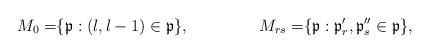
LaTeX: \begin{align*}M_0= &\{\mathfrak{p}:(l,l-1)\in \mathfrak{p}\},& M_{rs}=&\{\mathfrak{p}:\mathfrak{p}'_r ,\mathfrak{p}''_s \in \mathfrak{p}\},\end{align*}